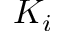
K _ { i }